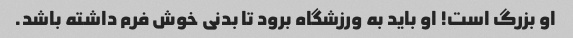
او بزرگ است! او باید به ورزشگاه برود تا بدنی خوش فرم داشته باشد.